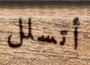
أتسلل